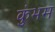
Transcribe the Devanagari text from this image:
कुंभम